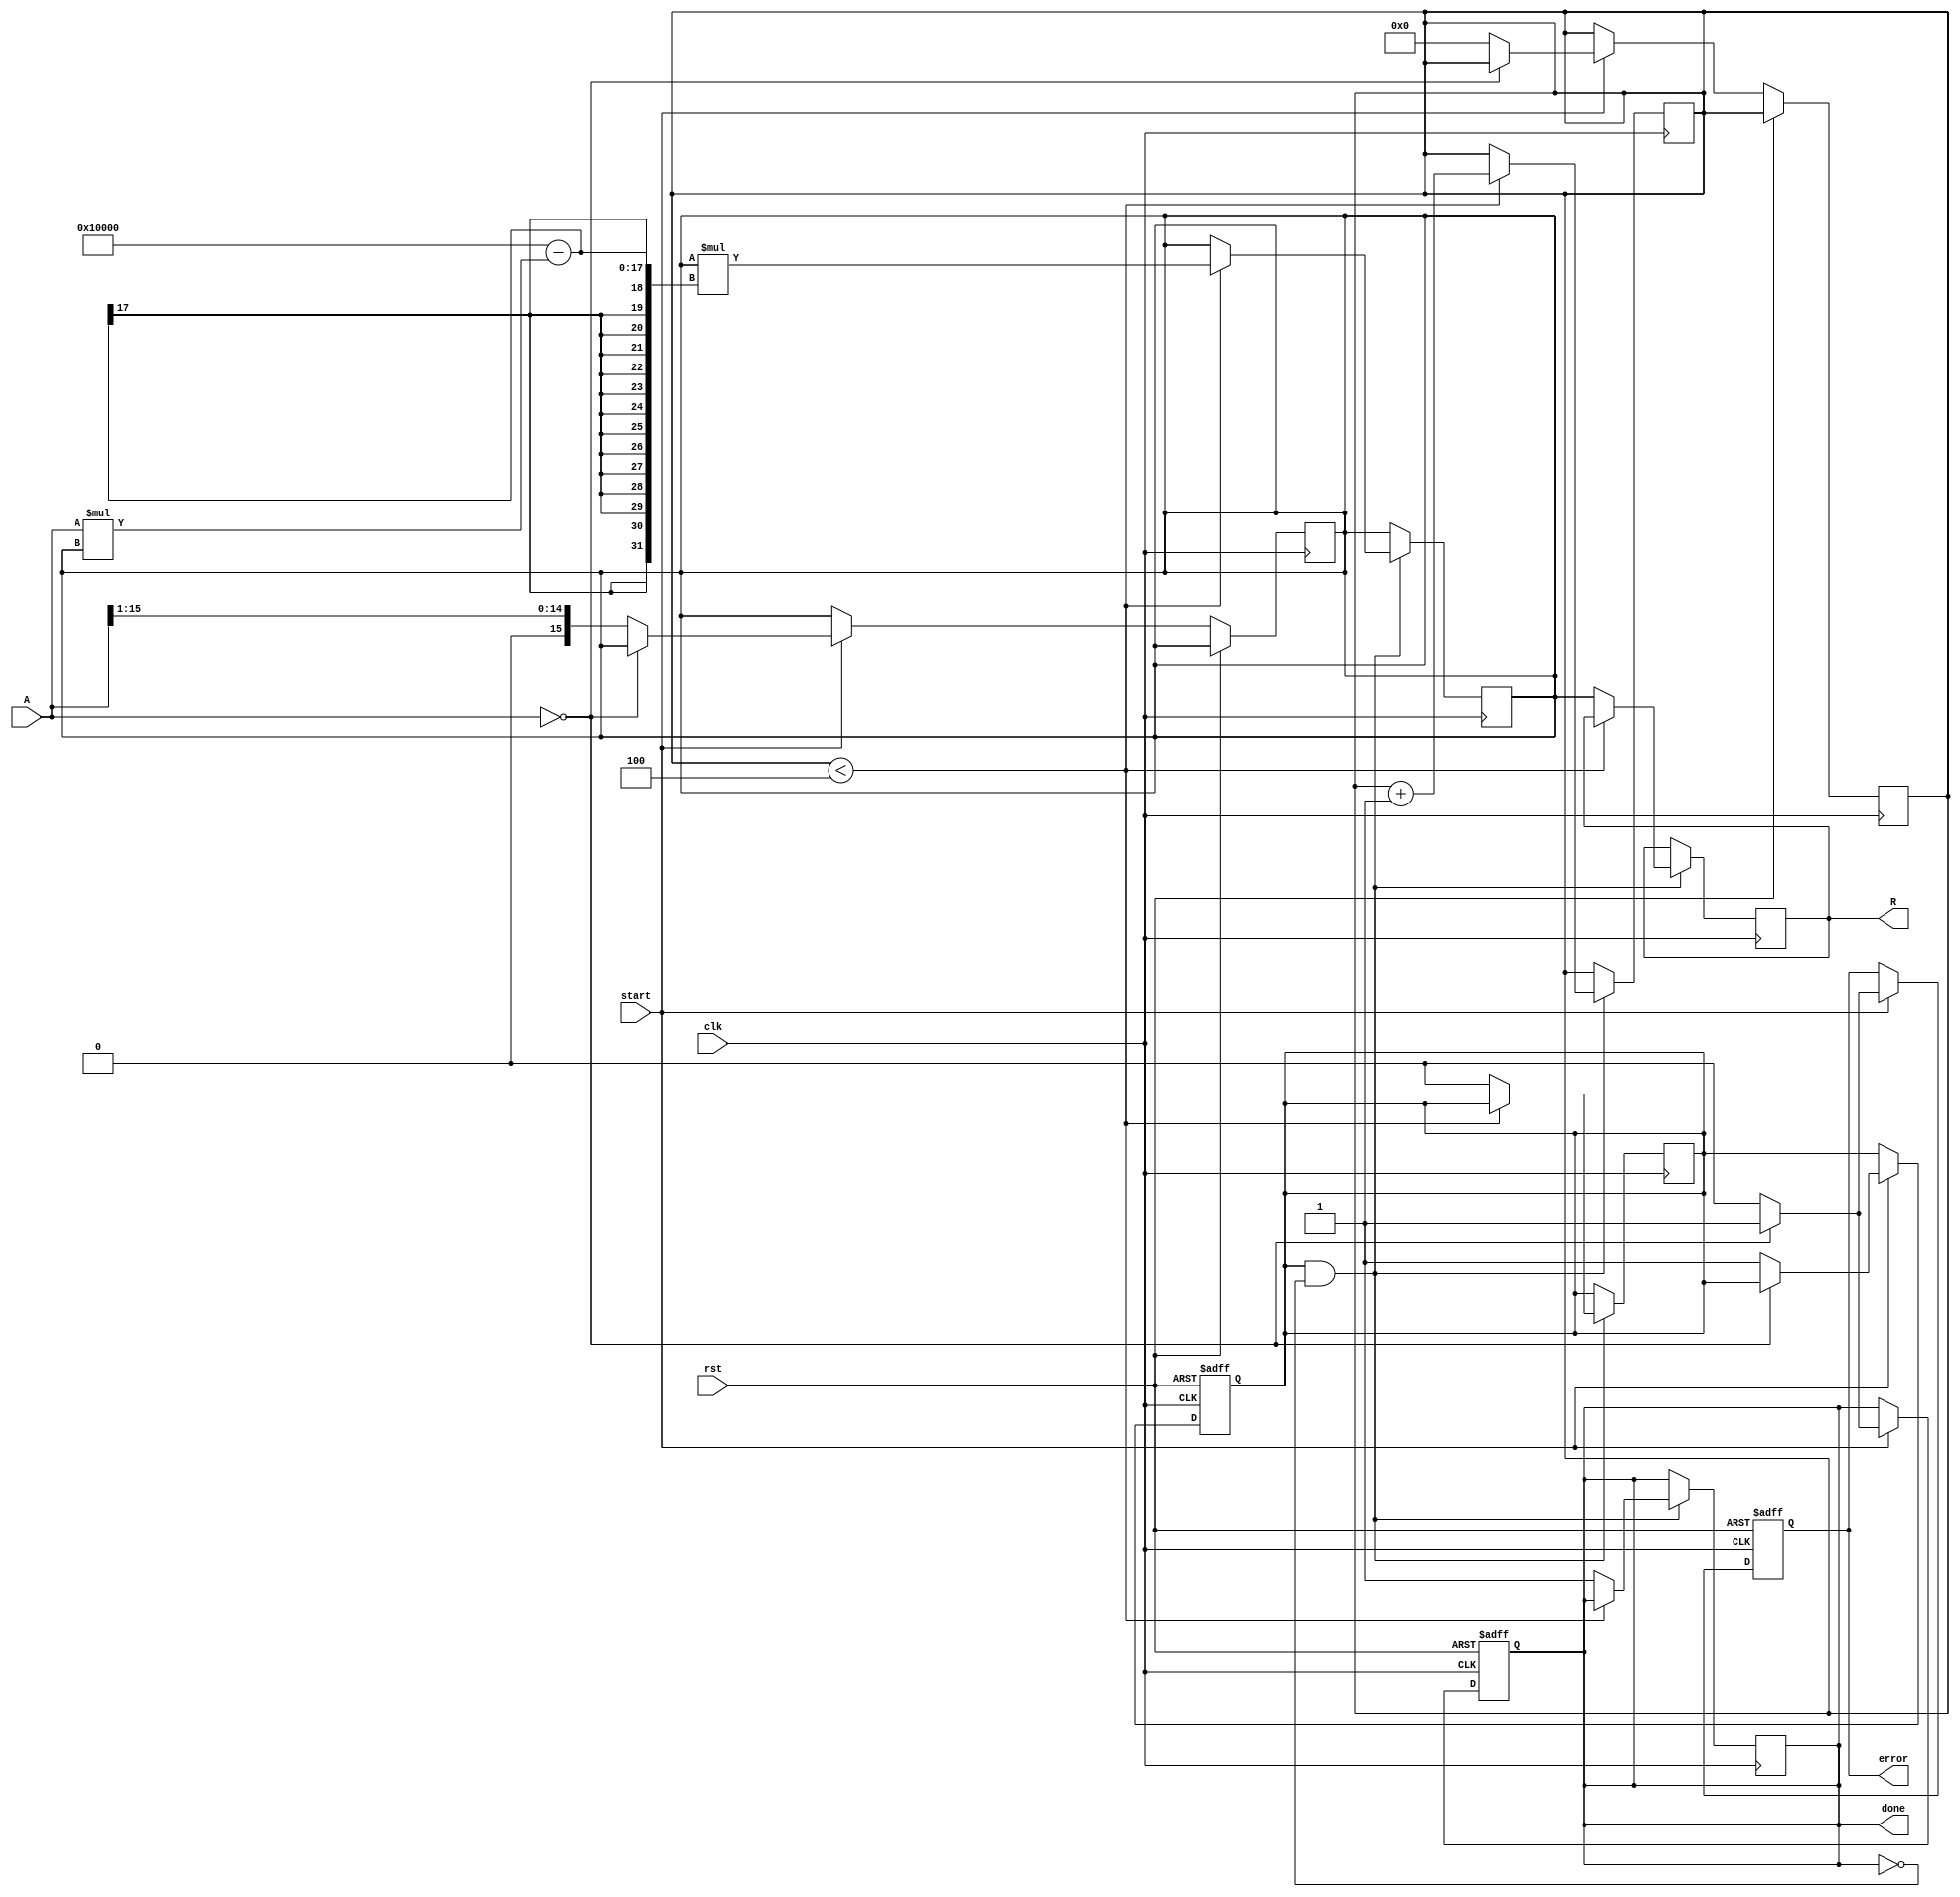
module binary_fractional_reciprocal #(
    parameter BIT_WIDTH = 16,
    parameter ITERATIONS = 4 // Number of iterations for Newton-Raphson
)(
    input wire clk,
    input wire rst,
    input wire start,
    input wire [BIT_WIDTH-1:0] A, // Input data (0 < A < 1)
    output reg [BIT_WIDTH-1:0] R,  // Output data (reciprocal of A)
    output reg done,
    output reg error
);

    reg [BIT_WIDTH-1:0] x; // Current approximation
    reg [BIT_WIDTH-1:0] temp;
    reg [3:0] count; // Iteration counter
    reg valid_input;

    // Check for zero input
    always @(posedge clk or posedge rst) begin
        if (rst) begin
            valid_input <= 1'b0;
            error <= 1'b0;
            done <= 1'b0;
        end else if (start) begin
            if (A == 0) begin
                error <= 1'b1; // Division by zero error
                done <= 1'b1;
            end else begin
                valid_input <= 1'b1;
                x <= {1'b0, A[BIT_WIDTH-1:1]}; // Initial guess: 1/A ~ 1/(A << 1)
                count <= 0;
                error <= 1'b0;
                done <= 1'b0;
            end
        end
    end

    // Newton-Raphson iteration for reciprocal calculation
    always @(posedge clk) begin
        if (valid_input && !done) begin
            if (count < ITERATIONS) begin
                // x = x * (2 - A * x)
                temp = A * x; // A * x
                x = x * (2**BIT_WIDTH - temp); // x * (2 - A * x)
                count <= count + 1;
            end else begin
                R <= x; // Final result
                done <= 1'b1;
                valid_input <= 1'b0; // Reset valid input
            end
        end
    end

endmodule